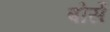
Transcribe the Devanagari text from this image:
बोर्से